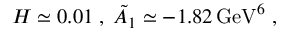
H \simeq 0 . 0 1 \; , \; \tilde { A } _ { 1 } \simeq - 1 . 8 2 \, \mathrm { G e V } ^ { 6 } \ ,